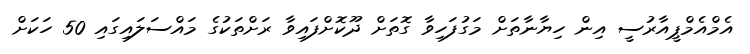
އެމްއެމްޕީއާރުސީ އިން ހިޔާނާތަށް މަގުފަހިވާ ގޮތަށް ދޫކޮށްފައިވާ ރަށްތަކުގެ މައްސަލައިގައި 50 ހަކަށް